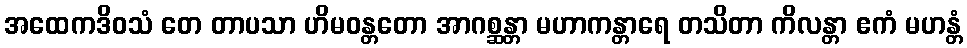
အထေကဒိဝသံ တေ တာပသာ ဟိမဝန္တတော အာဂစ္ဆန္တာ မဟာကန္တာရေ တသိတာ ကိလန္တာ ဧကံ မဟန္တံ